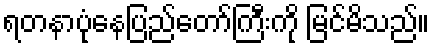
ရတနာပုံနေပြည်တော်ကြီးကို မြင်မိသည်။